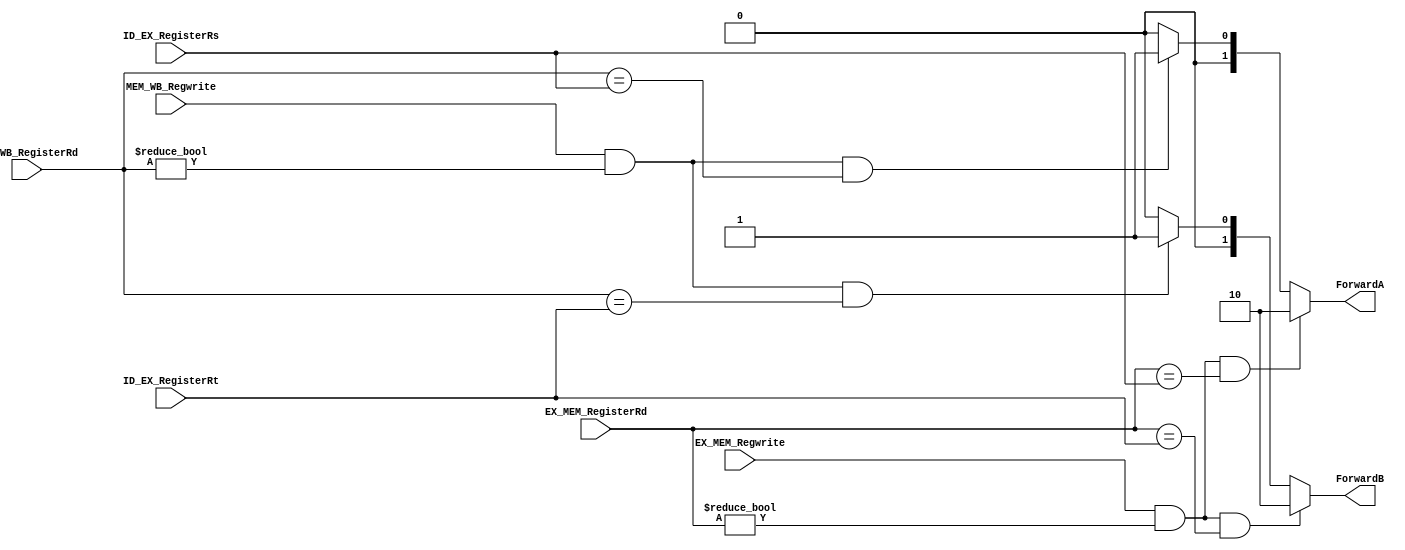
`timescale 1ns / 1ps
//////////////////////////////////////////////////////////////////////////////////
// Company: 
// Engineer: 
// 
// Design Name: 
// Module Name:    ForwardingUnit 
// Project Name: 
// Target Devices: 
// Tool versions: 
// Description: 
//
// Dependencies: 
//
// Revision: 
// Revision 0.01 - File Created
// Additional Comments: 
//
//////////////////////////////////////////////////////////////////////////////////
module ForwardingUnit(
EX_MEM_Regwrite,
EX_MEM_RegisterRd,
MEM_WB_Regwrite,
MEM_WB_RegisterRd,
ID_EX_RegisterRs,
ID_EX_RegisterRt,
ForwardA,
ForwardB

    );

input EX_MEM_Regwrite, MEM_WB_Regwrite;
input [4:0] EX_MEM_RegisterRd, MEM_WB_RegisterRd, ID_EX_RegisterRs, ID_EX_RegisterRt;

output [1:0] ForwardA, ForwardB;
reg [1:0] ForwardA, ForwardB;

//Forward A
always @ (EX_MEM_Regwrite, MEM_WB_Regwrite, EX_MEM_RegisterRd, MEM_WB_RegisterRd, ID_EX_RegisterRs, ID_EX_RegisterRt)
begin
	if (EX_MEM_Regwrite && (EX_MEM_RegisterRd != 0) && (EX_MEM_RegisterRd == ID_EX_RegisterRs))
		ForwardA = 2'b10;
	else if (MEM_WB_Regwrite && (MEM_WB_RegisterRd != 0) && (MEM_WB_RegisterRd == ID_EX_RegisterRs) )
		ForwardA = 2'b01;
	else
		ForwardA = 2'b00;


end

//Forward B
always @ (EX_MEM_Regwrite, MEM_WB_Regwrite, EX_MEM_RegisterRd, MEM_WB_RegisterRd, ID_EX_RegisterRs, ID_EX_RegisterRt)
begin
	if (EX_MEM_Regwrite && (EX_MEM_RegisterRd != 0) && (EX_MEM_RegisterRd == ID_EX_RegisterRt))
		ForwardB = 2'b10;
	else if (MEM_WB_Regwrite && (MEM_WB_RegisterRd != 0) && (MEM_WB_RegisterRd == ID_EX_RegisterRt) )
		ForwardB = 2'b01;
	else
		ForwardB = 2'b00;


end

endmodule